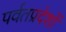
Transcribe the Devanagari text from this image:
पर्वतप्रदेशों